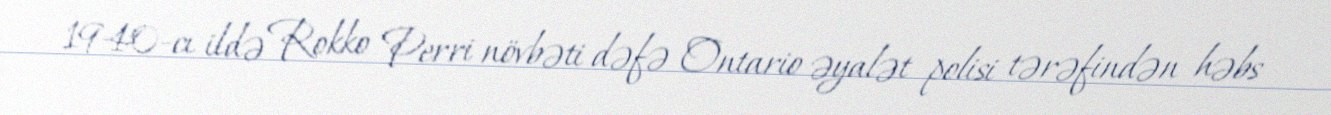
1940-cı ildə Rokko Perri növbəti dəfə Ontario əyalət polisi tərəfindən həbs